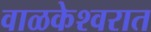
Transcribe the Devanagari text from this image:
वाळकेश्वरात